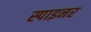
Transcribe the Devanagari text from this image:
स्पाइनर